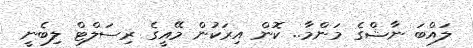
ލައްބަ ނާޝްގެ މަންމާ.. ކޮން އިރަކުން މޭއީގެ ރިސަލްޓް ލިބެނީ